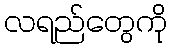
လရည်တွေကို